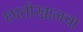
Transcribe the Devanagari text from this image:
छातीखालचा